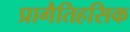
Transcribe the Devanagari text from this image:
प्रागैतिहसिक